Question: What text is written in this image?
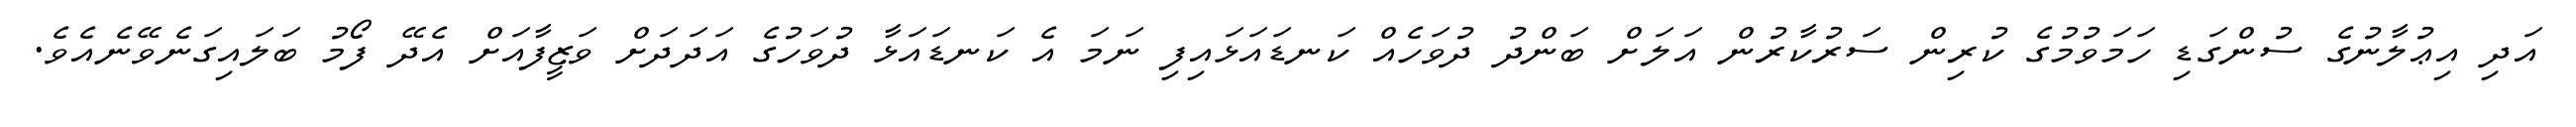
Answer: އަދި އިޢުލާނުގެ ސުންގަޑި ހަމަވުމުގެ ކުރިން ސަރުކާރުން އަލަށް ބަންދު ދުވަހެއް ކަނޑައަޅައިފި ނަމަ އެ ކަނޑައަޅާ ދުވަހުގެ އަދަދަށް ވަޒީފާއަށް އެދޭ ފޯމު ބަލައިގަނެވޭނެއެވެ.